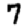
Digit: 7